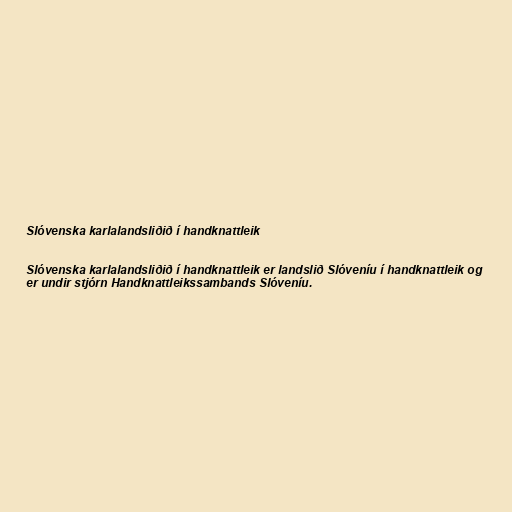
Slóvenska karlalandsliðið í handknattleik

Slóvenska karlalandsliðið í handknattleik er landslið Slóveníu í handknattleik og
er undir stjórn Handknattleikssambands Slóveníu.